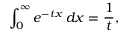
\int _ { 0 } ^ { \infty } e ^ { - t x } \, d x = { \frac { 1 } { t } } ,